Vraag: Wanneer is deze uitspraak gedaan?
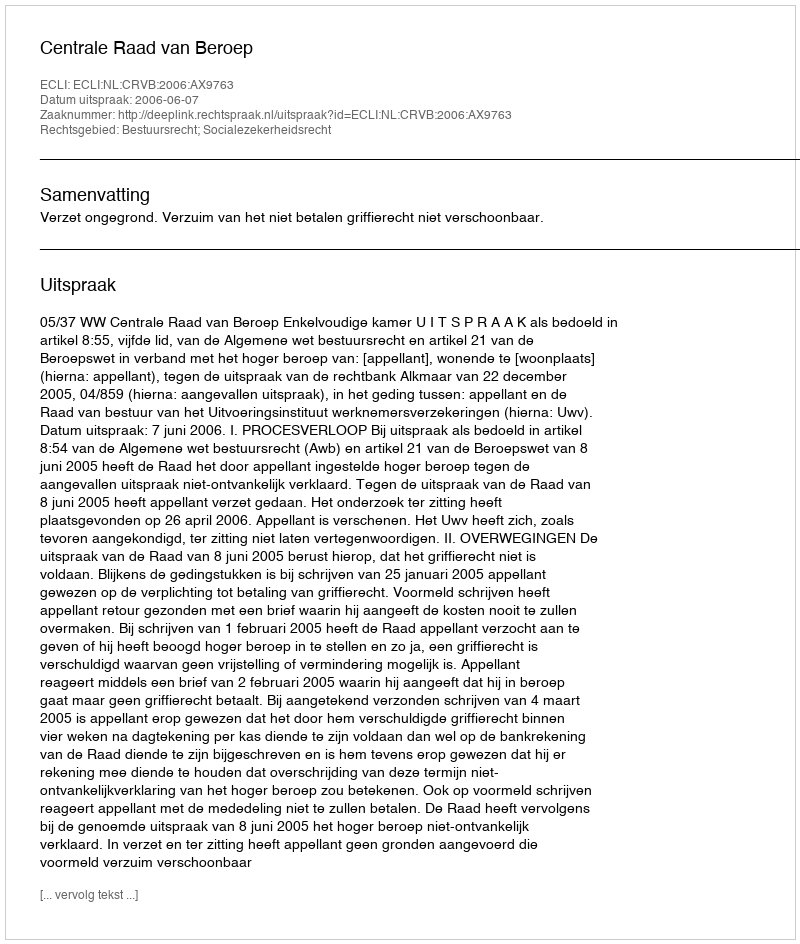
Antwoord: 2006-06-07